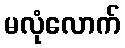
မလုံလောက်